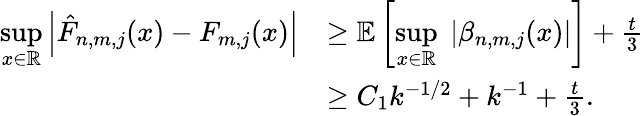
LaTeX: \begin{array}{rl}{\underset{x\in\mathbb{R}}{\operatorname*{sup}}\left|\hat{F}_{n,m,j}(x)-F_{m,j}(x)\right|}&{\geq\mathbb{E}\left[\underset{x\in\mathbb{R}}{\operatorname*{sup}}\; \left|\beta_{n,m,j}(x)\right|\right]+\frac{t}{3}}\\ &{\geq C_{1}k^{-1/2}+k^{-1}+\frac{t}{3}.}\end{array}